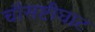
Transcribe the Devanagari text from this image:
चौसष्टीघाट